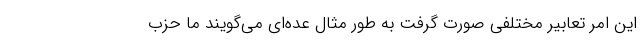
این امر تعابیر مختلفی صورت گرفت به طور مثال عده‌ای می‌گویند ما حزب